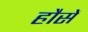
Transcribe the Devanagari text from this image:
हौसें